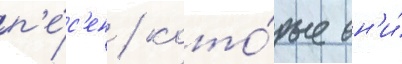
п'е́с'ен / кото́рые он'и́